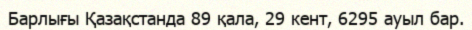
Барлығы Қазақстанда 89 қала, 29 кент, 6295 ауыл бар.